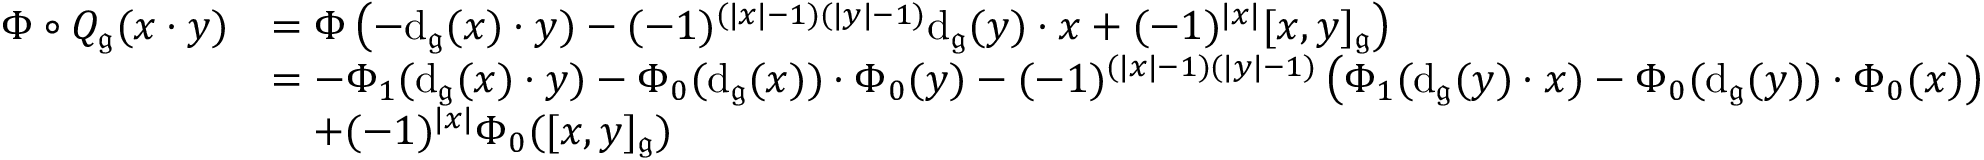
\begin{array} { r l } { \Phi \circ Q _ { \mathfrak { g } } ( x \cdot y ) } & { = \Phi \left( - \mathrm { d } _ { \mathfrak g } ( x ) \cdot y ) - ( - 1 ) ^ { ( | x | - 1 ) ( | y | - 1 ) } \mathrm { d } _ { \mathfrak g } ( y ) \cdot x + ( - 1 ) ^ { | x | } [ x , y ] _ { \mathfrak g } \right) } \\ & { = - \Phi _ { 1 } ( \mathrm { d } _ { \mathfrak g } ( x ) \cdot y ) - \Phi _ { 0 } ( \mathrm { d } _ { \mathfrak g } ( x ) ) \cdot \Phi _ { 0 } ( y ) - ( - 1 ) ^ { ( | x | - 1 ) ( | y | - 1 ) } \left( \Phi _ { 1 } ( \mathrm { d } _ { \mathfrak g } ( y ) \cdot x ) - \Phi _ { 0 } ( \mathrm { d } _ { \mathfrak g } ( y ) ) \cdot \Phi _ { 0 } ( x ) \right) } \\ & { \quad + ( - 1 ) ^ { | x | } \Phi _ { 0 } ( [ x , y ] _ { \mathfrak g } ) } \end{array}